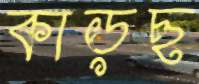
কাড়ছ